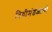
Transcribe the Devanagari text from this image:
विधीमंडळाची